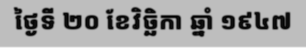
ថ្ងៃទី ២០ ខែវិច្ឆិកា ឆ្នាំ ១៩៤៧